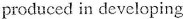
produced in developing